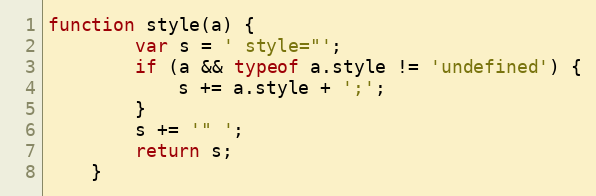
Language: JavaScript
function style(a) {
		var s = ' style="';
		if (a && typeof a.style != 'undefined') {
			s += a.style + ';';
		}
		s += '" ';
		return s;
	}